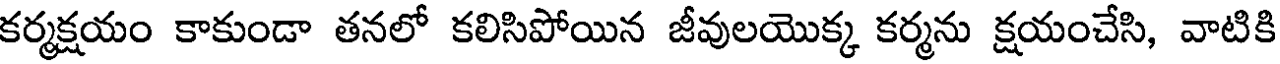
కర్మక్షయం కాకుండా తనలో కలిసిపోయిన జీవులయొక్క కర్మను క్షయంచేసి, వాటికి